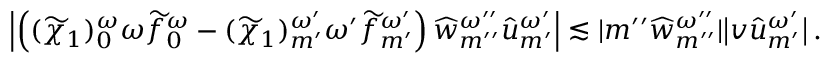
\left| \left( ( \widetilde { \chi } _ { 1 } ) _ { 0 } ^ { \omega } \omega \widetilde { f } _ { 0 } ^ { \omega } - ( \widetilde { \chi } _ { 1 } ) _ { m ^ { \prime } } ^ { \omega ^ { \prime } } { \omega ^ { \prime } } \widetilde { f } _ { m ^ { \prime } } ^ { \omega ^ { \prime } } \right) \widehat { w } _ { { m ^ { \prime \prime } } } ^ { \omega ^ { \prime \prime } } { \widehat { u } } _ { m ^ { \prime } } ^ { \omega ^ { \prime } } \right| \lesssim | m ^ { \prime \prime } \widehat { w } _ { m ^ { \prime \prime } } ^ { \omega ^ { \prime \prime } } | \big | v { \widehat { u } } _ { m ^ { \prime } } ^ { \omega ^ { \prime } } \big | \, .